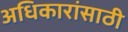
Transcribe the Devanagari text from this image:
अधिकारांसाठी